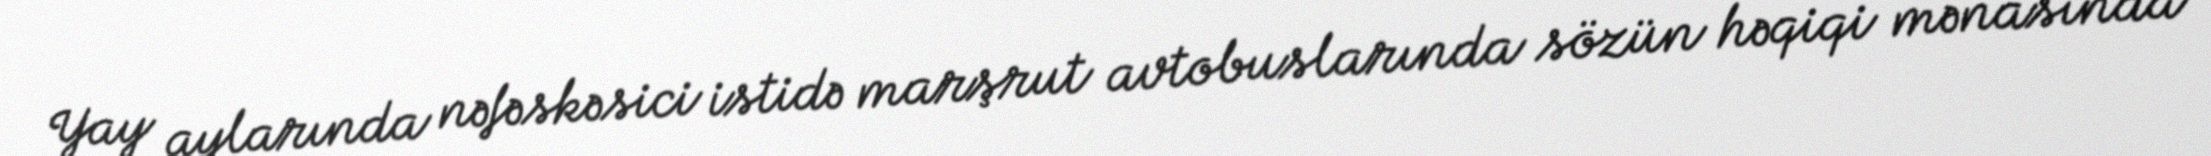
Yay aylarında nəfəskəsici istidə marşrut avtobuslarında sözün həqiqi mənasında